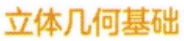
立体几何基础